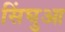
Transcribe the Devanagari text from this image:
सिंघुआ